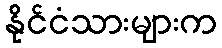
နိုင်ငံသားများက